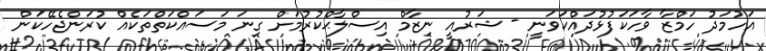
އަހުމަދު ހަމްޒާ ވާހަކަފުޅުދައްކަވަނީ - ޝަރުއީ ނިޒާމް އިސްލާޙްކުރުމަށް ގިނަ މަސައްކަތްތަކެއް ކުރަންޖެހޭކަން